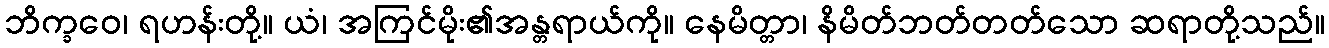
ဘိက္ခဝေ၊ ရဟန်းတို့။ ယံ၊ အကြင်မိုး၏အန္တရာယ်ကို။ နေမိတ္တာ၊ နိမိတ်ဘတ်တတ်သော ဆရာတို့သည်။